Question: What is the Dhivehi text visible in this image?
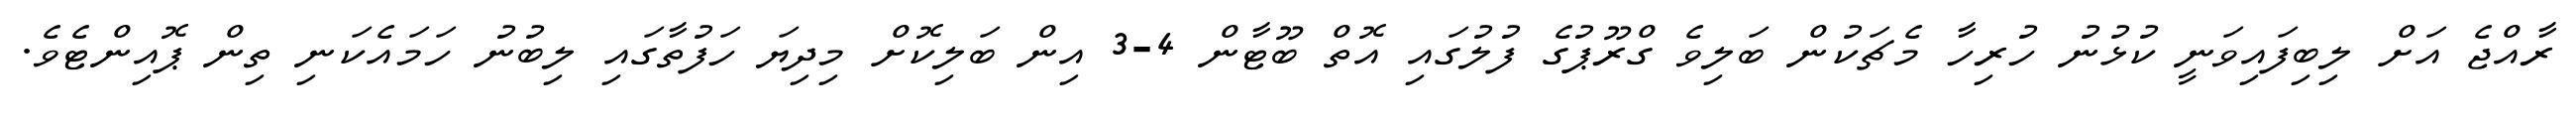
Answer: ރާއްޖެ އަށް ލިބިފައިވަނީ ކުޅުނު ހުރިހާ މެޗަކުން ބަލިވެ ގްރޫޕުގެ ފުލުގައި އޮތް ބޫޓާން 4-3 އިން ބަލިކޮށް މިދިޔަ ހަފުތާގައި ލިބުނު ހަމައެކަނި ތިން ޕޮއިންޓެވެ.